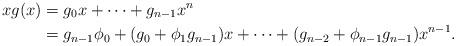
LaTeX: \begin{align*}x g(x)&=g_{0} x+\cdots+g_{n-1}x^{n}\\&=g_{n-1}\phi_{0}+(g_{0}+\phi_{1}g_{n-1} )x+\cdots +(g_{n-2}+\phi_{n-1}g_{n-1} )x^{n-1}.\end{align*}